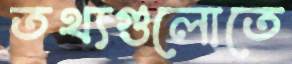
তথ্যগুলোতে